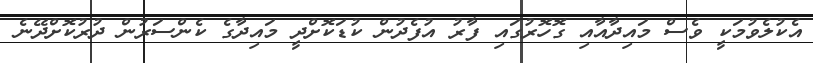
އެކުލެވުމަކީ ވެސް މައިދާއާއި ގޮހޮރުގައި ފާރު އުފެދުން ކުޑަކޮށްދީ މައިދާގެ ކެންސަރުން ދުރުކޮށްދޭނެ